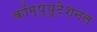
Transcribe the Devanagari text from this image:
कॉम्प्यूटेशनल